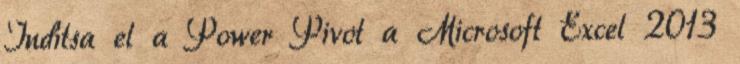
Indítsa el a Power Pivot a Microsoft Excel 2013